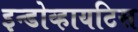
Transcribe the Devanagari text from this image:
इन्डोव्हायटिस